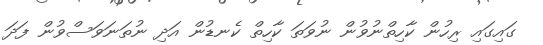
ގައިގައި ރިހުން ކާހިތްނުވުން ނުވަތަ ކާހިތް ކެނޑުން އަދި ނުތަނަވަސްވުން ފަދަ